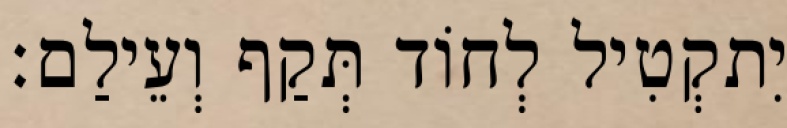
יִתקְטִיל לְחוֹד תְּקַף וְעֵילַם׃